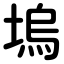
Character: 塢